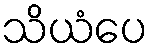
သိယံပေ